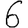
Digit: 6